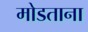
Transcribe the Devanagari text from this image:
मोडताना